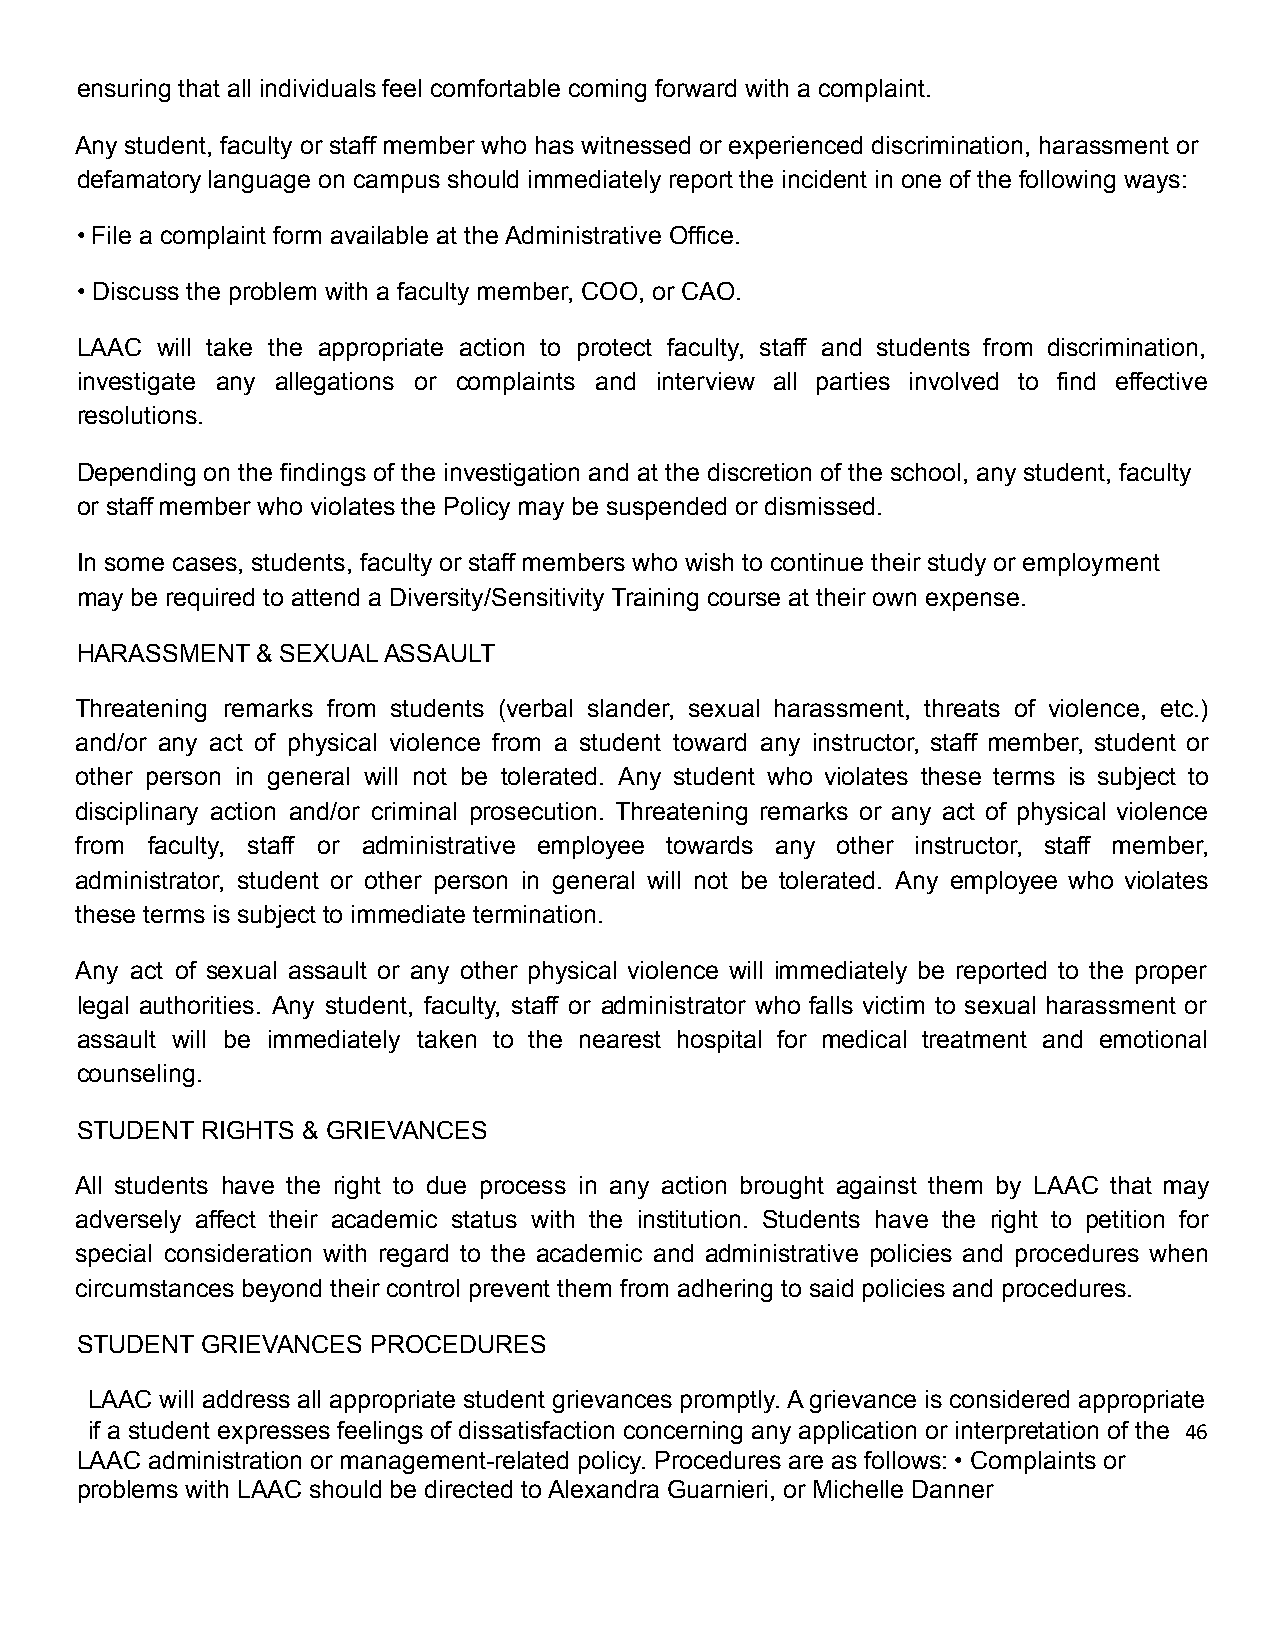
ensuring that all individuals feel comfortable coming forward with a complaint.
 Any student, faculty or staff member who has witnessed or experienced discrimination, harassment or
 defamatory language on campus should immediately report the incident in one of the following ways:
 • File a complaint form available at the Administrative Office.
 • Discuss the problem with a faculty member, COO, or CAO.
 LAAC will take the appropriate action to protect faculty, staff and students from discrimination,
 investigate any allegations or complaints and interview all parties involved to find effective
 resolutions.
 Depending on the findings of the investigation and at the discretion of the school, any student, faculty
 or staff member who violates the Policy may be suspended or dismissed.
 In some cases, students, faculty or staff members who wish to continue their study or employment
 may be required to attend a Diversity/Sensitivity Training course at their own expense.
 HARASSMENT  & SEXUAL ASSAULT
 Threatening remarks from students (verbal slander, sexual harassment, threats of violence, etc.)
 and/or any act of physical violence from a student toward any instructor, staff member, student or
 other person in general will not be tolerated. Any student who violates these terms is subject to
 disciplinary action and/or criminal prosecution. Threatening remarks or any act of physical violence
 from faculty, staff or administrative employee towards any other instructor, staff member,
 administrator, student or other person in general will not be tolerated. Any employee who violates
 these terms is subject to immediate termination.
 Any act of sexual assault or any other physical violence will immediately be reported to the proper
 legal authorities. Any student, faculty, staff or administrator who falls victim to sexual harassment or
 assault will be immediately taken to the nearest hospital for medical treatment and emotional
 counseling.
 STUDENT RIGHTS & GRIEVANCES
 All students have the right to due process in any action brought against them by LAAC that may
 adversely affect their academic status with the institution. Students have the right to petition for
 special consideration with regard to the academic and administrative policies and procedures when
 circumstances beyond their control prevent them from adhering to said policies and procedures.
 STUDENT GRIEVANCES  PROCEDURES
 LAAC will address all appropriate student grievances promptly. A grievance is considered appropriate
 if a student expresses feelings of dissatisfaction concerning any application or interpretation of the 46
 LAAC administration or management-related policy. Procedures are as follows: • Complaints or
 problems with LAAC should be directed to Alexandra Guarnieri, or Michelle Danner